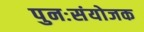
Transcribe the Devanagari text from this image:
पुनःसंयोजक